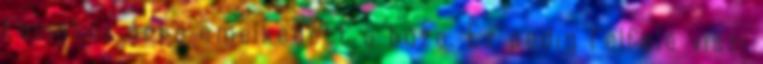
forintos árra emelkedett a búza. Ez pedig felfelé viszi